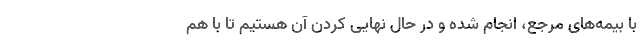
با بیمه‌های مرجع، انجام شده و در حال نهایی کردن آن هستیم تا با هم